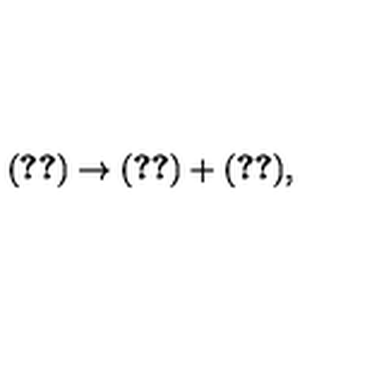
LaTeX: ( \ref { z e r o f } ) \rightarrow ( \ref { z e r o f } ) + ( \ref { s z e r o f } ) ,